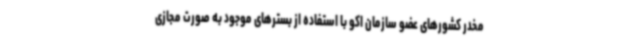
مخدر کشورهای عضو سازمان اکو با استفاده از بسترهای موجود به صورت مجازی